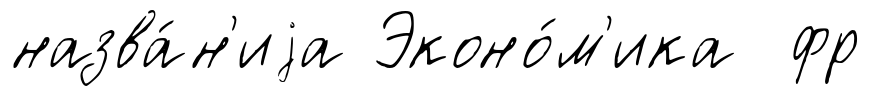
назва́н'иjа Эконо́м'ика фр